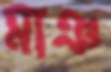
মাঞ